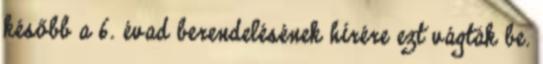
később a 6. évad berendelésének hírére ezt vágták be.